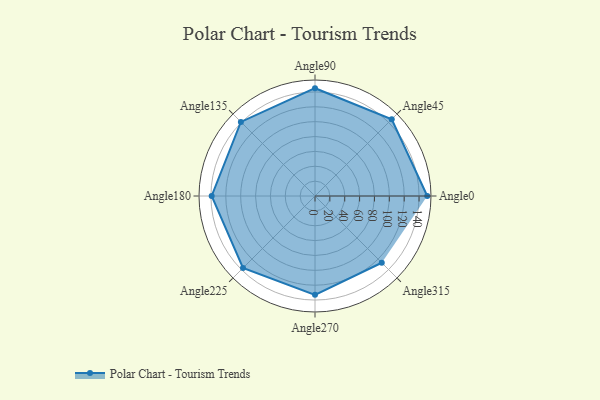
{"axis": {"x": "Angle", "y": "Radius"}, "legend": [""], "data": [{"x": "Angle0", "y": 151.0, "type": ""}, {"x": "Angle45", "y": 146.0, "type": ""}, {"x": "Angle90", "y": 145.0, "type": ""}, {"x": "Angle135", "y": 141.0, "type": ""}, {"x": "Angle180", "y": 139.0, "type": ""}, {"x": "Angle225", "y": 137.0, "type": ""}, {"x": "Angle270", "y": 133.0, "type": ""}, {"x": "Angle315", "y": 127.0, "type": ""}]}